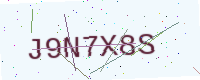
Text: J9N7X8S